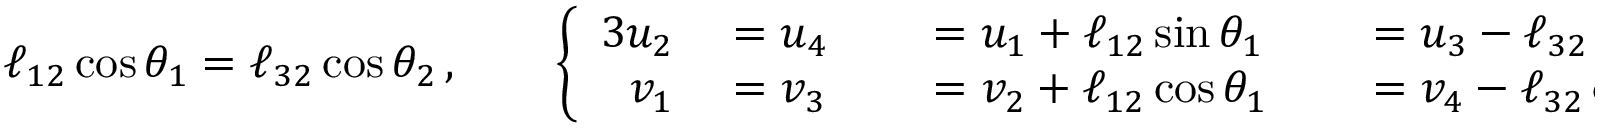
\ell _ { 1 2 } \cos { \theta } _ { 1 } = \ell _ { 3 2 } \cos { \theta } _ { 2 } \, , \qquad \left\{ \begin{array} { r l r l r l } { { 3 } \vphantom { f ^ { 2 } } { } u _ { 2 } } & { { } = u _ { 4 } } & { } & { { } = u _ { 1 } + \ell _ { 1 2 } \sin { \theta } _ { 1 } } & { } & { { } = u _ { 3 } - \ell _ { 3 2 } \sin { \theta } _ { 2 } \, , } \\ { v _ { 1 } } & { { } = v _ { 3 } } & { } & { { } = v _ { 2 } + \ell _ { 1 2 } \cos { \theta } _ { 1 } } & { } & { { } = v _ { 4 } - \ell _ { 3 2 } \cos { \theta } _ { 2 } \, . } \end{array} \right.